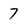
Character: 7